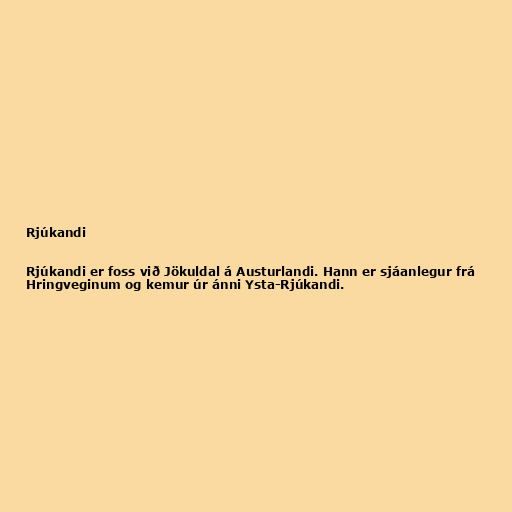
Rjúkandi

Rjúkandi er foss við Jökuldal á Austurlandi. Hann er sjáanlegur frá
Hringveginum og kemur úr ánni Ysta-Rjúkandi.